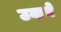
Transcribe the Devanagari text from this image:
उकने